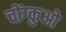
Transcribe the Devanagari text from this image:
चोंग्कुओ